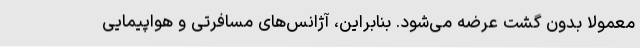
معمولا بدون گشت عرضه می‌شود. بنابراین، آژانس‌های مسافرتی و هواپیمایی